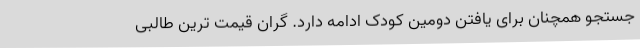
جستجو همچنان برای یافتن دومین کودک ادامه دارد. گران قیمت ترین طالبی